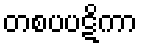
တစပပဋိကာ